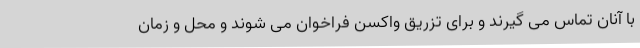
با آنان تماس می گیرند و برای تزریق واکسن فراخوان می شوند و محل و زمان